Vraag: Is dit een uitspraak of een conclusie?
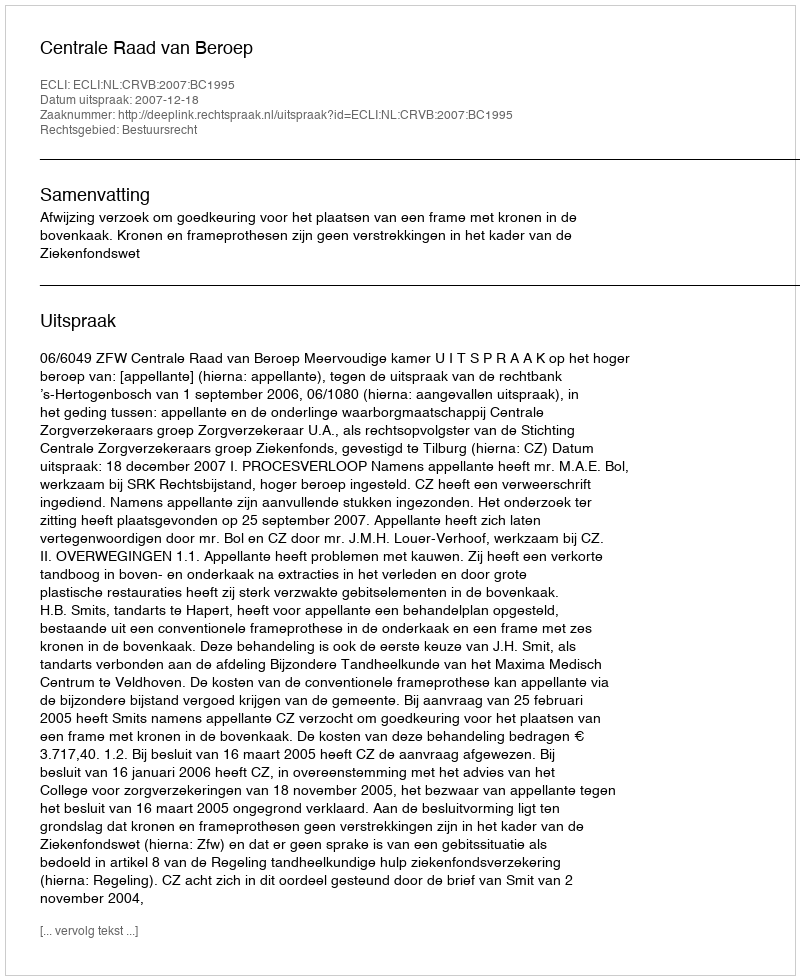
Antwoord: Uitspraak